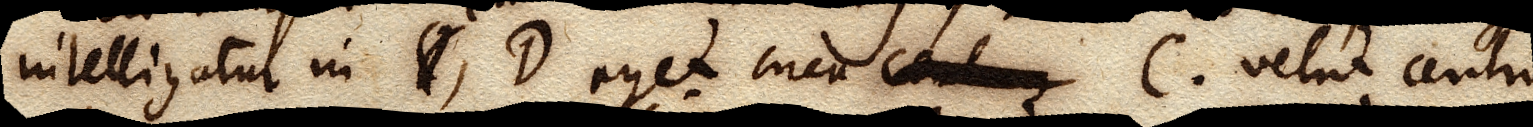
intelligatur in C, D aget circa centrum C. velut centrum